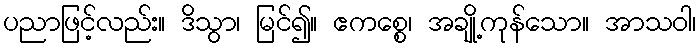
ပညာဖြင့်လည်း။ ဒိသွာ၊ မြင်၍။ ဧကစ္စေ၊ အချို့ကုန်သော။ အာသဝါ၊